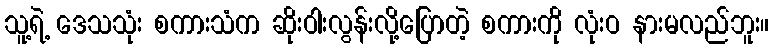
သူ့ရဲ့ ဒေသသုံး စကားသံက ဆိုးဝါးလွန်းလို့ပြောတဲ့ စကားကို လုံးဝ နားမလည်ဘူး။